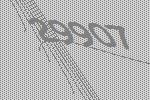
29907